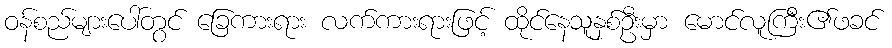
ဝန်စည်များပေါ်တွင် ခြေကားရား လက်ကားရားဖြင့် ထိုင်နေသူနှစ်ဦးမှာ မောင်လူကြီး၏ဖခင်